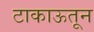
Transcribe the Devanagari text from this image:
टाकाऊतून